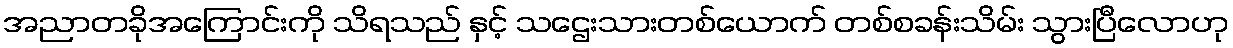
အညာတခိုအကြောင်းကို သိရသည် နှင့် သဌေးသားတစ်ယောက် တစ်စခန်းသိမ်း သွားပြီလောဟု